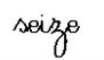
seize